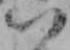
い